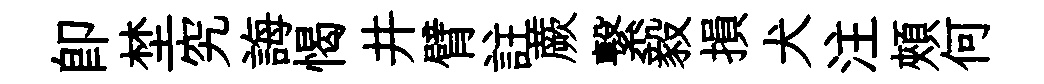
即埜究誨愒井臂註蕨繋毅損犬注頰何